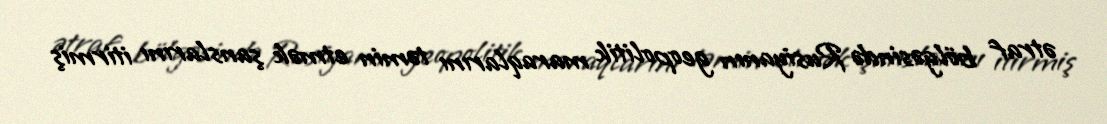
ətraf bölgəsində Rusiyanın geopolitik maraqlarını təmin etmək şanslarını itirmiş